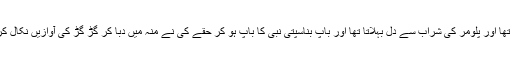
بیٹا فرنگی نبی ہو کر افیم کھاتا تھا اور پلومر کی شراب سے دل بہلاتا تھا اور باپ بناسپتی نبی کا باپ ہو کر حقے کی نے منہ میں دبا کر گڑ گڑ کی آوازیں نکال کر خوشی سے پھولانہ سماتا تھا۔